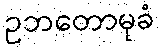
ဥဘတောမုခံ